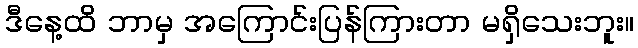
ဒီနေ့ထိ ဘာမှ အကြောင်းပြန်ကြားတာ မရှိသေးဘူး။